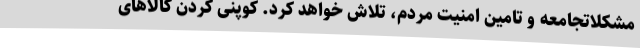
مشکلاتجامعه و تامین امنیت مردم، تلاش خواهد کرد. کوپنی کردن کالاهای